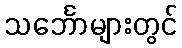
သင်္ဘောများတွင်